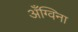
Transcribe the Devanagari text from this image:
अँग्विना